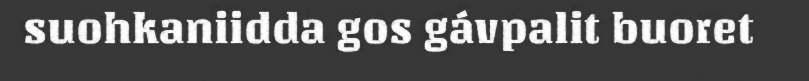
suohkaniidda gos gávpalit buoret